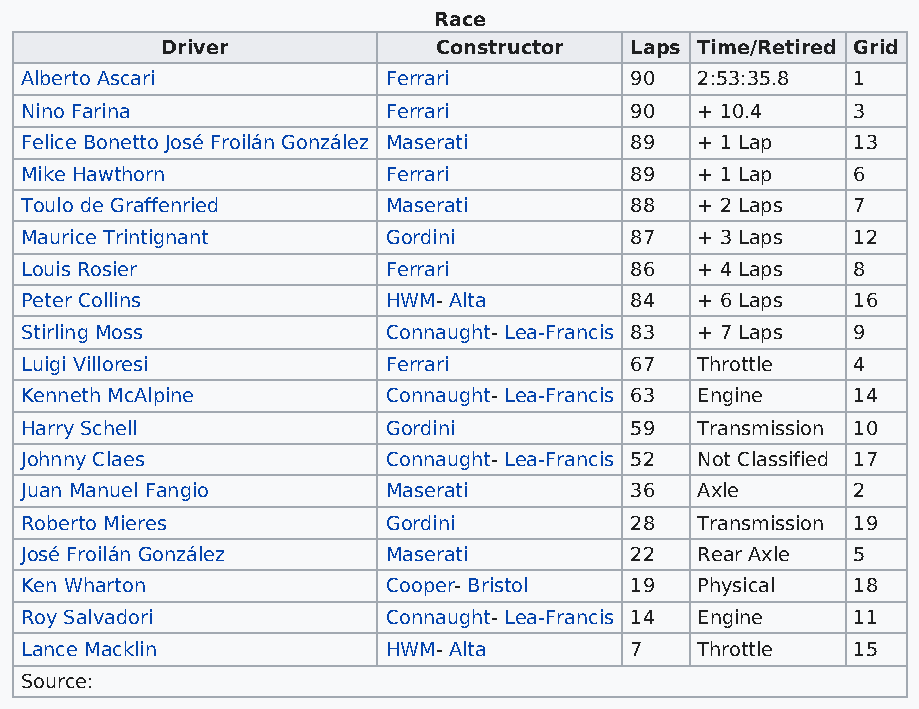
Race
 Driver            Constructor  Laps Time/Retired Grid
 Alberto Ascari           Ferrari         90  2:53:35.8 1
 Nino Farina              Ferrari         90  + 10.4    3
 Felice Bonetto José Froilán González Maserati 89 + 1 Lap 13
 Mike Hawthorn            Ferrari         89  + 1 Lap   6
 Toulo de Graffenried     Maserati        88  + 2 Laps  7
 Maurice Trintignant      Gordini         87  + 3 Laps  12
 Louis Rosier             Ferrari         86  + 4 Laps  8
 Peter Collins            HWM- Alta       84  + 6 Laps  16
 Stirling Moss            Connaught- Lea-Francis 83 + 7 Laps 9
 Luigi Villoresi          Ferrari         67  Throttle  4
 Kenneth McAlpine         Connaught- Lea-Francis 63 Engine 14
 Harry Schell             Gordini         59  Transmission 10
 Johnny Claes             Connaught- Lea-Francis 52 Not Classified 17
 Juan Manuel Fangio       Maserati        36  Axle      2
 Roberto Mieres           Gordini         28  Transmission 19
 José Froilán González    Maserati        22  Rear Axle 5
 Ken Wharton              Cooper- Bristol 19  Physical  18
 Roy Salvadori            Connaught- Lea-Francis 14 Engine 11
 Lance Macklin            HWM- Alta       7   Throttle  15
 Source: